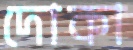
দোকা